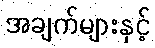
အချက်များနှင့်